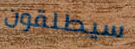
سيطلقون